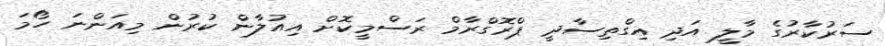
ސަރުކާރުގެ މާލީ އަދި އިގްތިސާދީ ޕްރޮގްރާމް ރަސްމީކޮށް އިއުލާން ކުރުން މިއަންނަ ހޯމަ